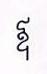
ឳ